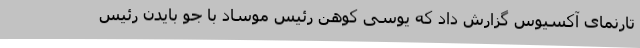
تارنمای آکسیوس گزارش داد که یوسی کوهن رئیس موساد با جو بایدن رئیس